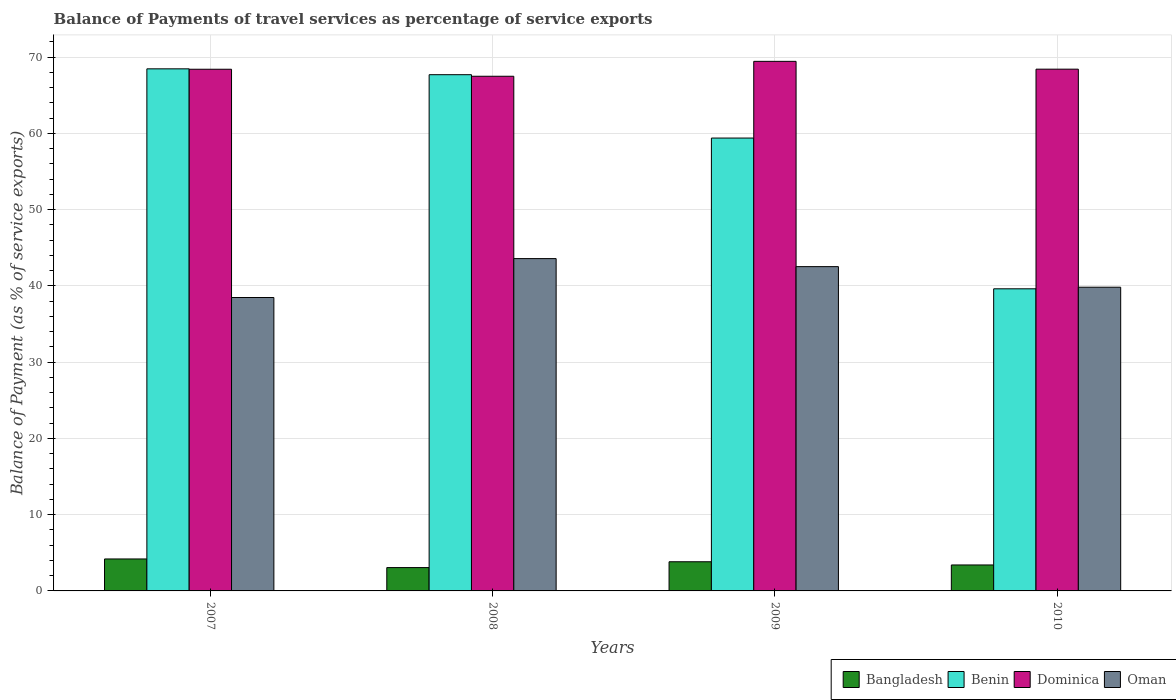
| Years | Bangladesh | Benin | Dominica | Oman |
 | --- | --- | --- | --- | --- |
 | 2007 | 4.19 | 68.5 | 68.4 | 38.5 |
 | 2008 | 3.06 | 67.7 | 67.5 | 43.6 |
 | 2009 | 3.83 | 59.4 | 69.5 | 42.5 |
 | 2010 | 3.4 | 39.6 | 68.4 | 39.8 |